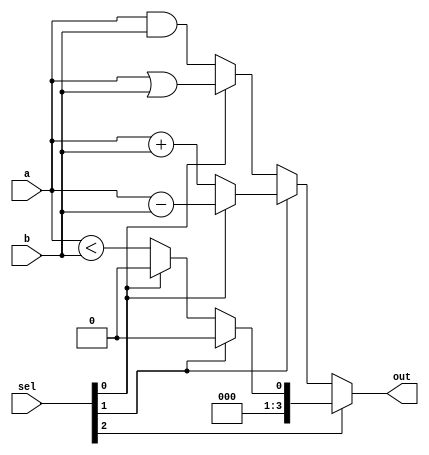
module alu(input [3:0]a,b,input [2:0]sel,output [3:0]out);
wire [3:0]add;
wire [3:0]sub,andg,org;
wire less;
assign andg=andgate(a,b);
assign org=orgate(a,b);
assign add=addition(a,b);
assign sub=subtract(a,b);
assign less=lessthan(a,b);
assign out=sel[2]?(sel[1]?(sel[0]?4'b0000:4'b0000):(sel[0]?4'b0000:less)):(sel[1]?(sel[0]?sub:add):(sel[0]?org:andg));
function [3:0]addition(input [3:0]a,b);
addition=a+b;
endfunction
function [3:0]andgate(input [3:0]a,b);
andgate=a&b;
endfunction
function [3:0]orgate(input [3:0]a,b);
orgate=a|b;
endfunction
function [3:0]subtract(input [3:0]a,b);
subtract=a-b;
endfunction
function lessthan(input [3:0]a,b);
lessthan=a<b;
endfunction
endmodule